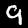
Label: 9